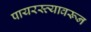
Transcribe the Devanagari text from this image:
पायरस्त्यावरून